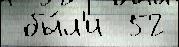
 бы́л'и  52